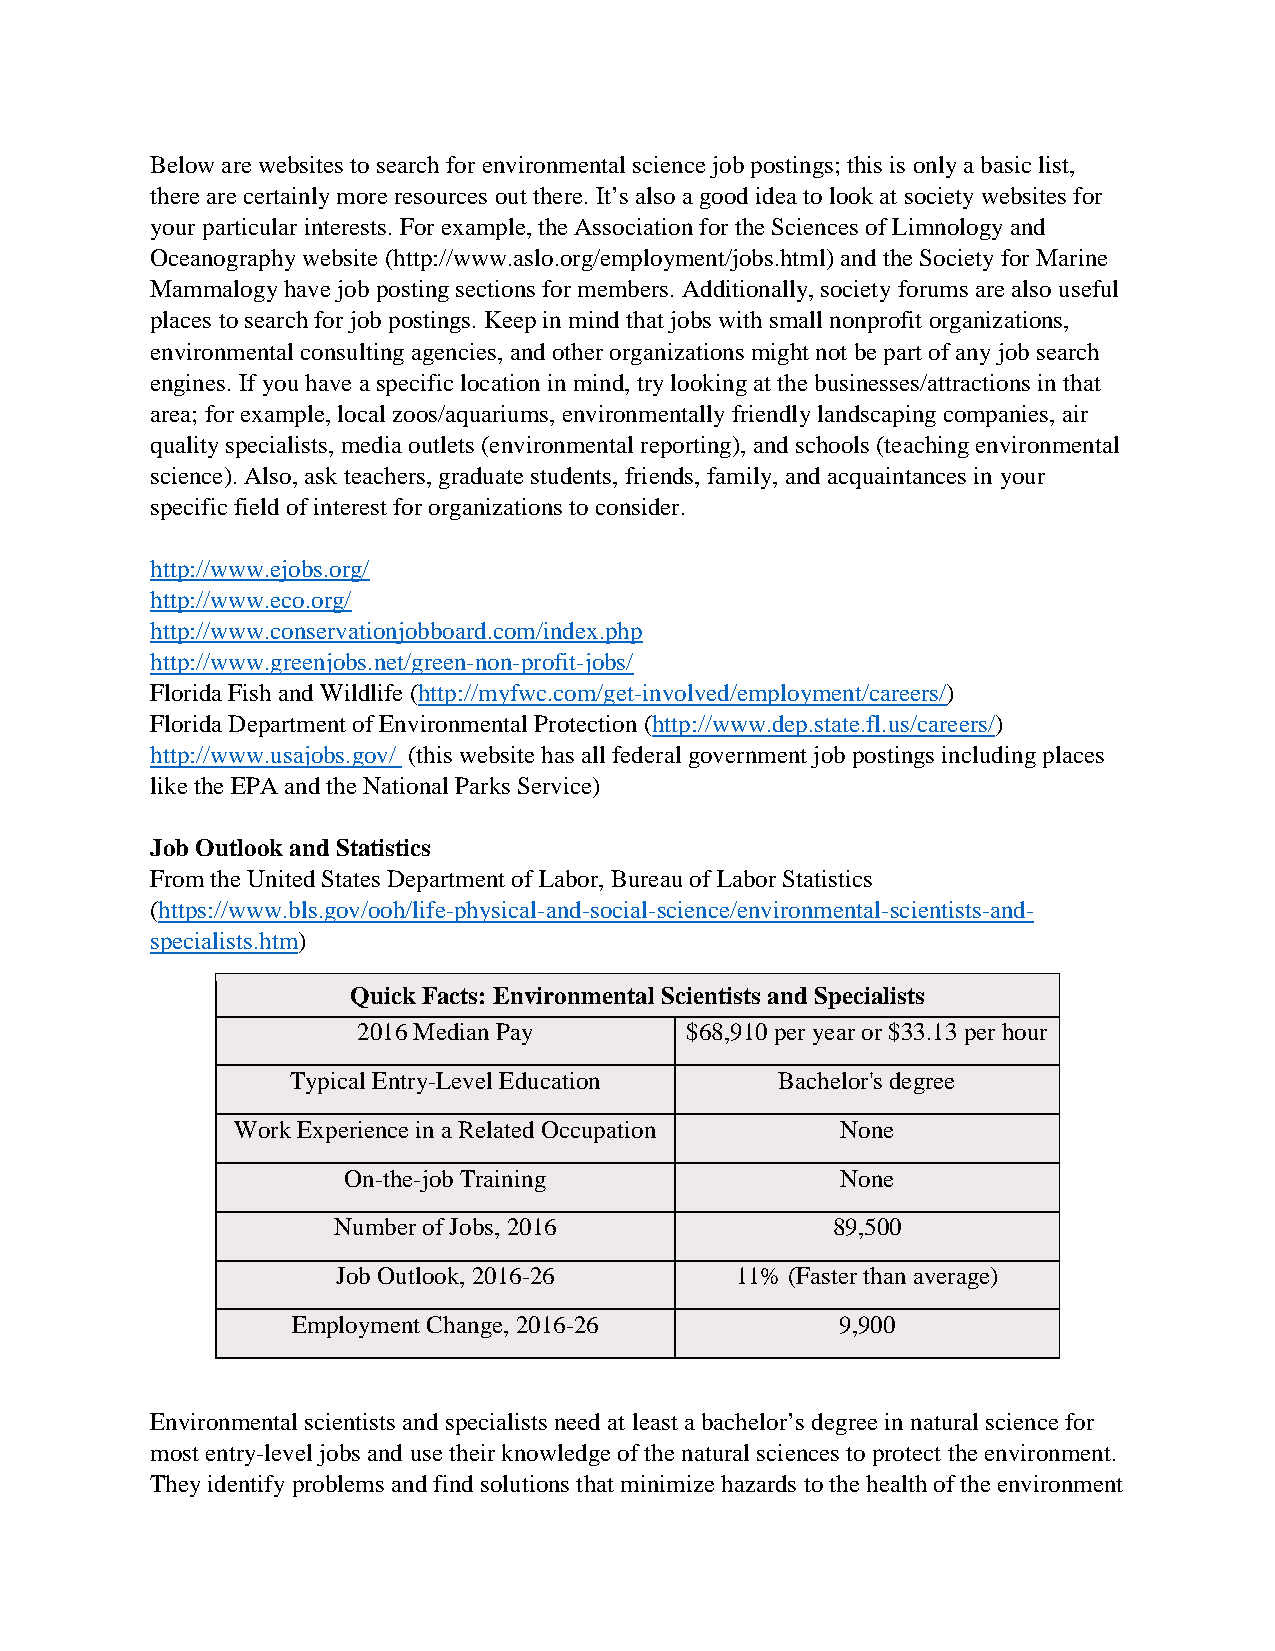
Below are websites to search for environmental science job postings; this is only a basic list,
 there are certainly more resources out there. It’s also a good idea to look at society websites for
 your particular interests. For example, the Association for the Sciences of Limnology and
 Oceanography website (http://www.aslo.org/employment/jobs.html) and the Society for Marine
 Mammalogy have job posting sections for members. Additionally, society forums are also useful
 places to search for job postings. Keep in mind that jobs with small nonprofit organizations,
 environmental consulting agencies, and other organizations might not be part of any job search
 engines. If you have a specific location in mind, try looking at the businesses/attractions in that
 area; for example, local zoos/aquariums, environmentally friendly landscaping companies, air
 quality specialists, media outlets (environmental reporting), and schools (teaching environmental
 science). Also, ask teachers, graduate students, friends, family, and acquaintances in your
 specific field of interest for organizations to consider.
 http://www.ejobs.org/
 http://www.eco.org/
 http://www.conservationjobboard.com/index.php
 http://www.greenjobs.net/green-non-profit-jobs/
 Florida Fish and Wildlife (http://myfwc.com/get-involved/employment/careers/)
 Florida Department of Environmental Protection (http://www.dep.state.fl.us/careers/)
 http://www.usajobs.gov/ (this website has all federal government job postings including places
 like the EPA and the National Parks Service)
 Job Outlook and Statistics
 From the United States Department of Labor, Bureau of Labor Statistics
 (https://www.bls.gov/ooh/life-physical-and-social-science/environmental-scientists-and-
 specialists.htm)
 Quick Facts: Environmental Scientists and Specialists
 2016 Median Pay      $68,910 per year or $33.13 per hour
 Typical Entry-Level Education    Bachelor's degree
 Work Experience in a Related Occupation  None
 On-the-job Training              None
 Number of Jobs, 2016             89,500
 Job Outlook, 2016-26       11% (Faster than average)
 Employment Change, 2016-26           9,900
 Environmental scientists and specialists need at least a bachelor’s degree in natural science for
 most entry-level jobs and use their knowledge of the natural sciences to protect the environment.
 They identify problems and find solutions that minimize hazards to the health of the environment